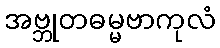
အဗ္ဘုတဓမ္မဗာကုလံ